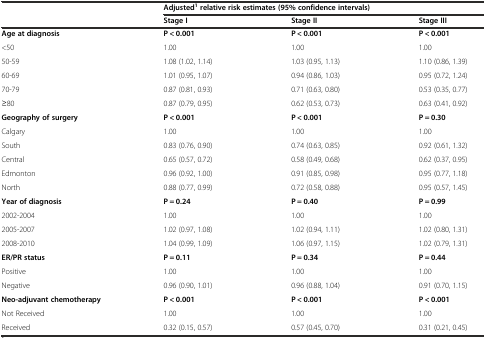
<table><thead><tr><td></td><td colspan="3"><b>Adjusted<sup>1</sup>relative risk estimates (95% confidence intervals)</b></td></tr><tr><td></td><td><b>Stage I</b></td><td><b>Stage II</b></td><td><b>Stage III</b></td></tr></thead><tbody><tr><td><b>Age at diagnosis</b></td><td><b>P &lt; 0.001</b></td><td><b>P &lt; 0.001</b></td><td><b>P &lt; 0.001</b></td></tr><tr><td>&lt;50</td><td>1.00</td><td>1.00</td><td>1.00</td></tr><tr><td>50-59</td><td>1.08 (1.02, 1.14)</td><td>1.03 (0.95, 1.13)</td><td>1.10 (0.86, 1.39)</td></tr><tr><td>60-69</td><td>1.01 (0.95, 1.07)</td><td>0.94 (0.86, 1.03)</td><td>0.95 (0.72, 1.24)</td></tr><tr><td>70-79</td><td>0.87 (0.81, 0.93)</td><td>0.71 (0.63, 0.80)</td><td>0.53 (0.35, 0.77)</td></tr><tr><td>≥80</td><td>0.87 (0.79, 0.95)</td><td>0.62 (0.53, 0.73)</td><td>0.63 (0.41, 0.92)</td></tr><tr><td><b>Geography of surgery</b></td><td><b>P &lt; 0.001</b></td><td><b>P &lt; 0.001</b></td><td><b>P = 0.30</b></td></tr><tr><td>Calgary</td><td>1.00</td><td>1.00</td><td>1.00</td></tr><tr><td>South</td><td>0.83 (0.76, 0.90)</td><td>0.74 (0.63, 0.85)</td><td>0.92 (0.61, 1.32)</td></tr><tr><td>Central</td><td>0.65 (0.57, 0.72)</td><td>0.58 (0.49, 0.68)</td><td>0.62 (0.37, 0.95)</td></tr><tr><td>Edmonton</td><td>0.96 (0.92, 1.00)</td><td>0.91 (0.85, 0.98)</td><td>0.95 (0.77, 1.18)</td></tr><tr><td>North</td><td>0.88 (0.77, 0.99)</td><td>0.72 (0.58, 0.88)</td><td>0.95 (0.57, 1.45)</td></tr><tr><td><b>Year of diagnosis</b></td><td><b>P = 0.24</b></td><td><b>P = 0.40</b></td><td><b>P = 0.99</b></td></tr><tr><td>2002-2004</td><td>1.00</td><td>1.00</td><td>1.00</td></tr><tr><td>2005-2007</td><td>1.02 (0.97, 1.08)</td><td>1.02 (0.94, 1.11)</td><td>1.02 (0.80, 1.31)</td></tr><tr><td>2008-2010</td><td>1.04 (0.99, 1.09)</td><td>1.06 (0.97, 1.15)</td><td>1.02 (0.79, 1.31)</td></tr><tr><td><b>ER/PR status</b></td><td><b>P = 0.11</b></td><td><b>P = 0.34</b></td><td><b>P = 0.44</b></td></tr><tr><td>Positive</td><td>1.00</td><td>1.00</td><td>1.00</td></tr><tr><td>Negative</td><td>0.96 (0.90, 1.01)</td><td>0.96 (0.88, 1.04)</td><td>0.91 (0.70, 1.15)</td></tr><tr><td><b>Neo-adjuvant chemotherapy</b></td><td><b>P &lt; 0.001</b></td><td><b>P &lt; 0.001</b></td><td><b>P &lt; 0.001</b></td></tr><tr><td>Not Received</td><td>1.00</td><td>1.00</td><td>1.00</td></tr><tr><td>Received</td><td>0.32 (0.15, 0.57)</td><td>0.57 (0.45, 0.70)</td><td>0.31 (0.21, 0.45)</td></tr></tbody></table>